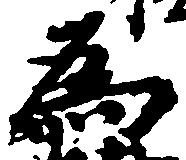
為